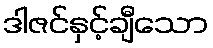
ဒါဇင်နှင့်ချီသော